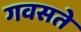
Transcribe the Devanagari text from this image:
गवसते